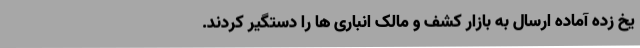
یخ زده آماده ارسال به بازار کشف و مالک انباری ها را دستگیر کردند.